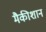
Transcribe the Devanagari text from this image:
मैकीशान